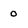
Character: 0